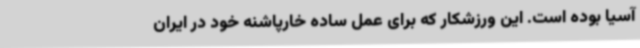
آسیا بوده است. این ورزشکار که برای عمل ساده خارپاشنه خود در ایران